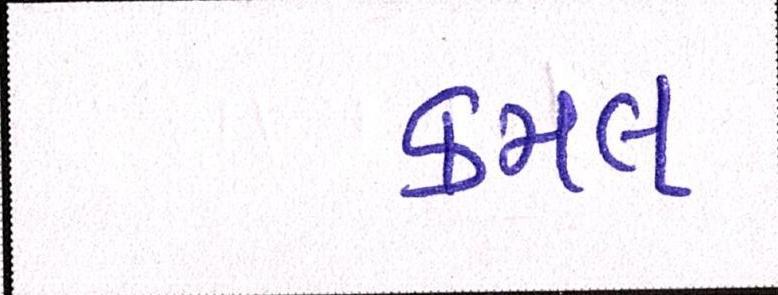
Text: કમલ